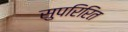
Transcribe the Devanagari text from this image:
सुपरिरित